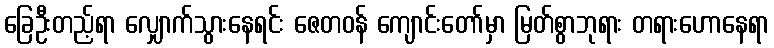
ခြေဦးတည့်ရာ လျှောက်သွားနေရင်း ဇေတဝန် ကျောင်းတော်မှာ မြတ်စွာဘုရား တရားဟောနေရာ